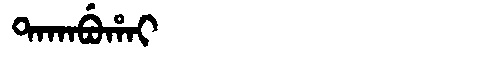
Manchu: ᡨᠠᡴᠠᠪᡠᡥᠠᡳ
Romanization: TAKABUHAI